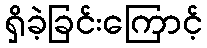
ရှိခဲ့ခြင်းကြောင့်